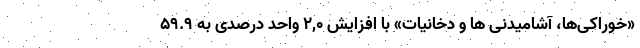
«خوراکی‌ها، آشامیدنی ها و دخانیات» با افزایش ٢,٠ واحد درصدی به ٥٩.٩